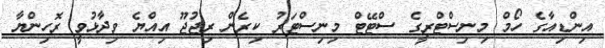
އިންޑިއާގެ ހޯމް މިނިސްޓްރީގެ ސްޓޭޓް މިނިސްޓަރު ކިރެން ރިޖުޖޫ އިއްޔެ ވިދާޅުވީ ރޮހިންޔާ